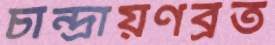
চান্দ্রায়ণব্রত